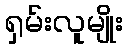
ရှမ်းလူမျိုး